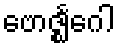
ဗောဇ္ဈင်္ဂေါ